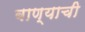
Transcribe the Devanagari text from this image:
बाण्याची